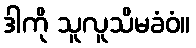
ဒါကို သူလူသိမခံဝံ။